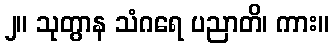
၂။ သုတွာန သံဂရေ ပညာတိ၊ ကား။